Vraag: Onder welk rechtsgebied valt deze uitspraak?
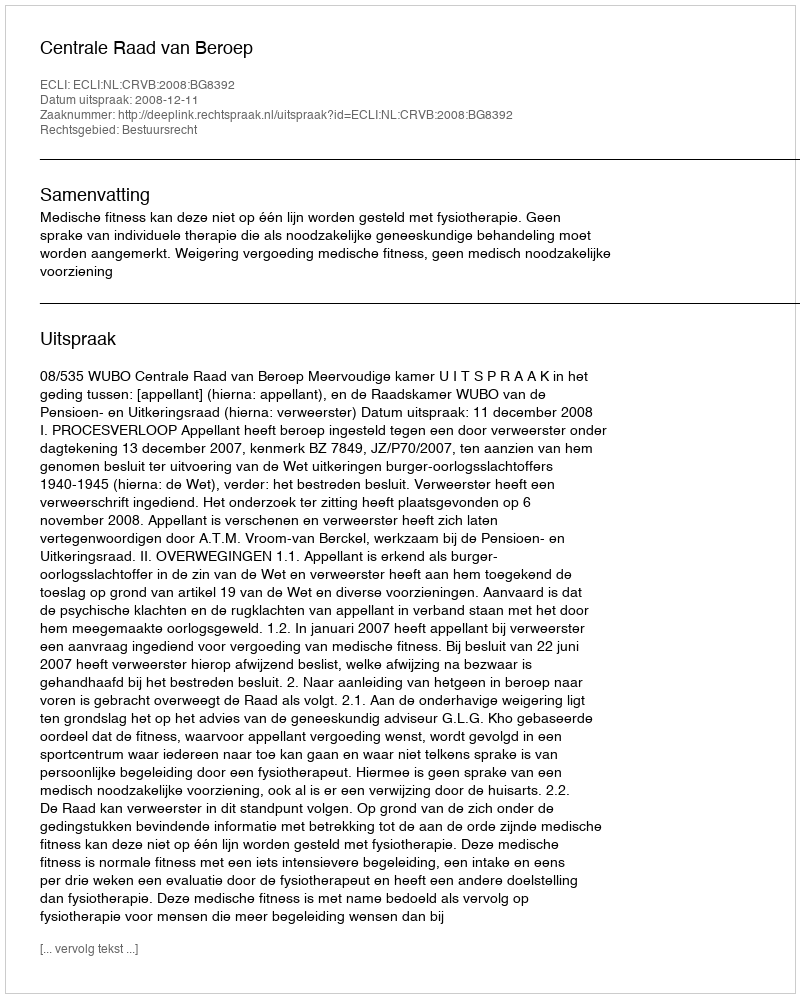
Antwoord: Bestuursrecht